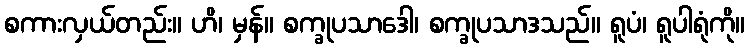
စကားလှယ်တည်း။ ဟိ၊ မှန်။ စက္ခုပသာဒေါ၊ စက္ခုပသာဒသည်။ ရူပံ၊ ရူပါရုံကို။